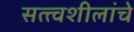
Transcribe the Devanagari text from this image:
सत्त्वशीलांचे